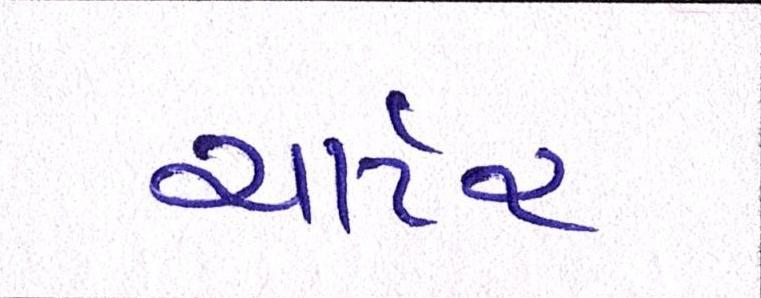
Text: ચાર્ટર